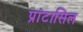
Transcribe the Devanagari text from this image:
प्रांटासिल